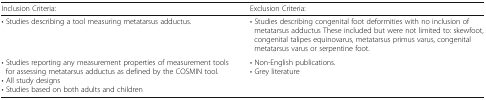
<table><thead><tr><td><b>Inclusion Criteria:</b></td><td><b>Exclusion Criteria:</b></td></tr></thead><tbody><tr><td>• Studies describing a tool measuring metatarsus adductus.</td><td>• Studies describing congenital foot deformities with no inclusion of metatarsus adductus These included but were not limited to: skewfoot, congenital talipes equinovarus, metatarsus primus varus, congenital metatarsus varus or serpentine foot.</td></tr><tr><td>• Studies reporting any measurement properties of measurement tools for assessing metatarsus adductus as defined by the COSMIN tool.• All study designs• Studies based on both adults and children</td><td>• Non-English publications.• Grey literature</td></tr></tbody></table>